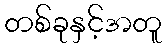
တစ်ခုနှင့်အတူ